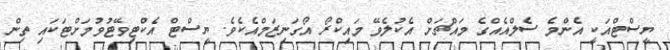
ޔީސްޓްއަކީ އެންމެ ސެލްއެއްގެ މައްޗަށް އެކުލެވޭ މައިކްރޯ އޯގަނިޒަމްއެކެވެ. ޔީސްޓް އެކްޓިވޭޓުވުމަށްޓަކައި ތިން